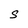
Character: S